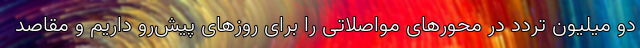
دو میلیون تردد در محورهای مواصلاتی را برای روزهای پیش‌رو داریم و مقاصد